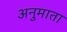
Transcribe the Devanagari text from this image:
अनुमाता